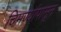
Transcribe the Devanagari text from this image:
चिमण्यांपासून